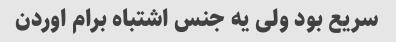
سریع بود ولی یه جنس اشتباه برام اوردن